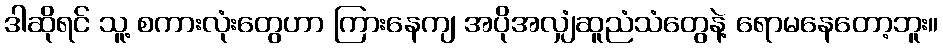
ဒါဆိုရင် သူ့ စကားလုံးတွေဟာ ကြားနေကျ အပိုအလျှံဆူညံသံတွေနဲ့ ရောမနေတော့ဘူး။